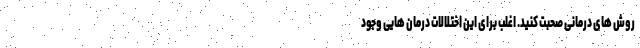
روش‌ های درمانی صحبت کنید. اغلب برای این اختلالات درمان‌ هایی وجود